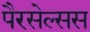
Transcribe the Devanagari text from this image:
पैरसेल्सस